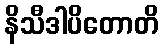
နိသီဒါပိတောတိ